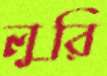
লুরি